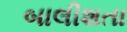
બાલીશતા